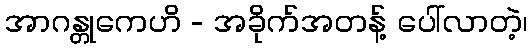
အာဂန္တုကေဟိ - အခိုက်အတန့် ပေါ်လာတဲ့၊